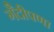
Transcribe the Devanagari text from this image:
गैदीपणा